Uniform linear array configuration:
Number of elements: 8
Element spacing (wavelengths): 1
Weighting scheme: binomial
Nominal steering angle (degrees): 60
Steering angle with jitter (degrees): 60.619
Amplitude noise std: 0.05
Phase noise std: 0.05

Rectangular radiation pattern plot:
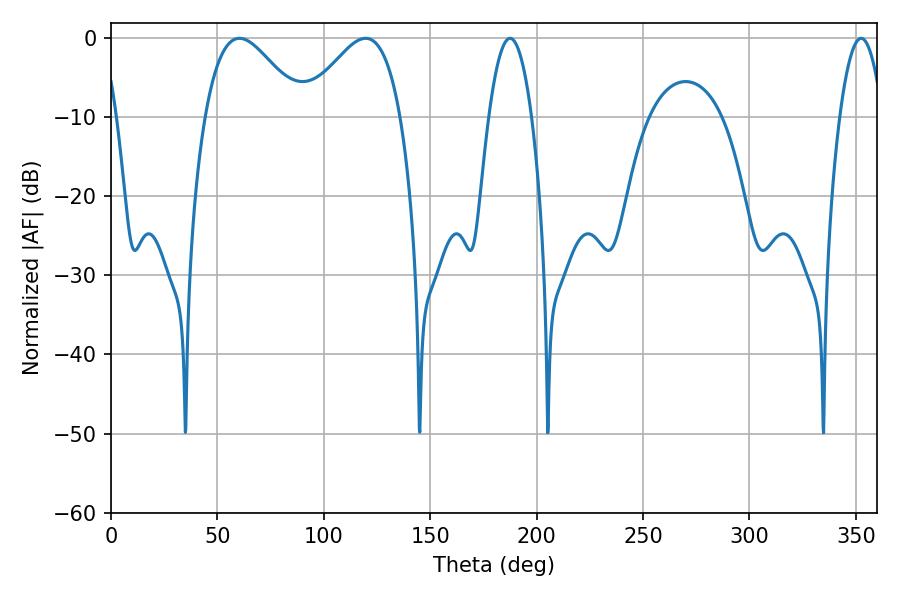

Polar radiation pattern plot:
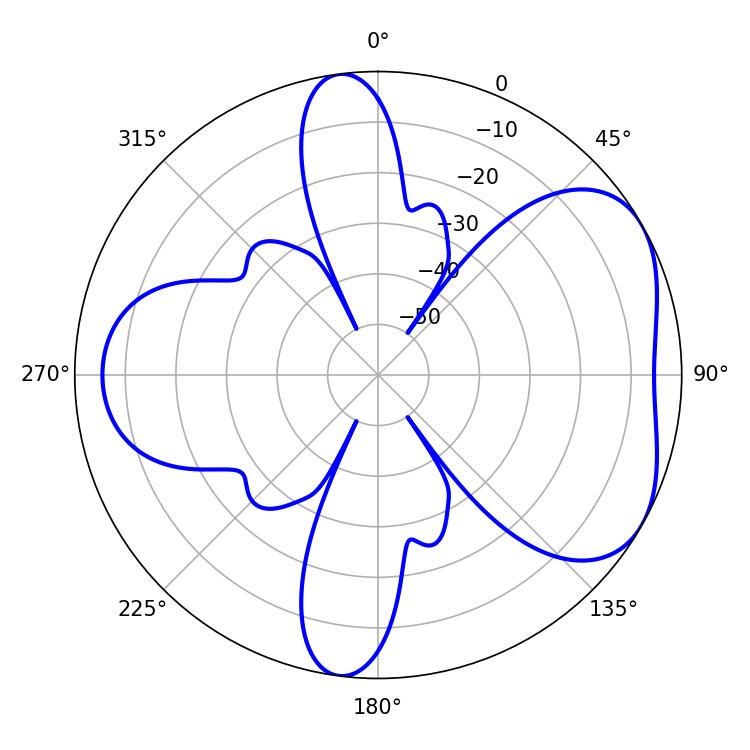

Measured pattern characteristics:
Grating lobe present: TRUE
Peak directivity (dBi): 4.97
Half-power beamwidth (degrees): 24.48
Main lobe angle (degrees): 60.3